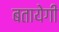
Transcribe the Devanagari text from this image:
बतायेगी